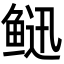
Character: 𩾄